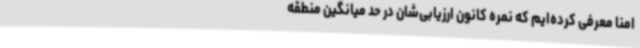
امنا معرفی کرده‌ایم که نمره کانون ارزیابی‌شان در حد میانگین منطقه